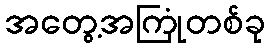
အတွေ့အကြုံတစ်ခု